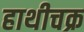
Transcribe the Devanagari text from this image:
हाथीचक्र